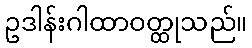
ဥဒါန်းဂါထာဝတ္ထုသည်။